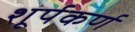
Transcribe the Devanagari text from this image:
शूर्पकर्ण